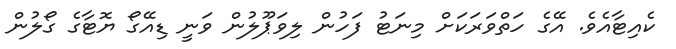
ކެއިޓާއެވެ. އޭގެ ހަތްވަރަކަށް މިނަޓު ފަހުން ލިވަޕޫލުން ވަނީ ޑިއޭގޯ ޔޮޓާގެ ގޯލުން